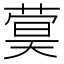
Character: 𬝫